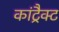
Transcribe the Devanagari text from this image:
कांट्रैक्ट